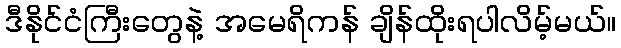
ဒီနိုင်ငံကြီးတွေနဲ့ အမေရိကန် ချိန်ထိုးရပါလိမ့်မယ်။